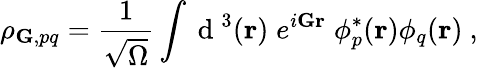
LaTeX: \rho_{\textbf{G},pq}=\frac{1}{\sqrt{\Omega}}\int\mathrm{~d~}^{3}(\textbf{r})\; e^{i\textbf{G}\textbf{r}}\; \phi_{p}^{*}(\textbf{r})\phi_{q}(\textbf{r})~,